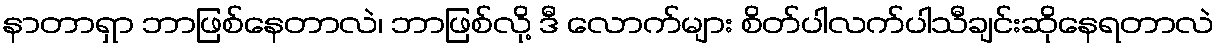
နာတာရှာ ဘာဖြစ်နေတာလဲ၊ ဘာဖြစ်လို့ ဒီ လောက်များ စိတ်ပါလက်ပါသီချင်းဆိုနေရတာလဲ